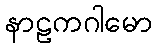
နာဠကဂါမော